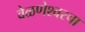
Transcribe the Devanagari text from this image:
वेळणेश्वरचा